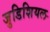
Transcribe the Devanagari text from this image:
जुडिशियल